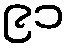
၉၁